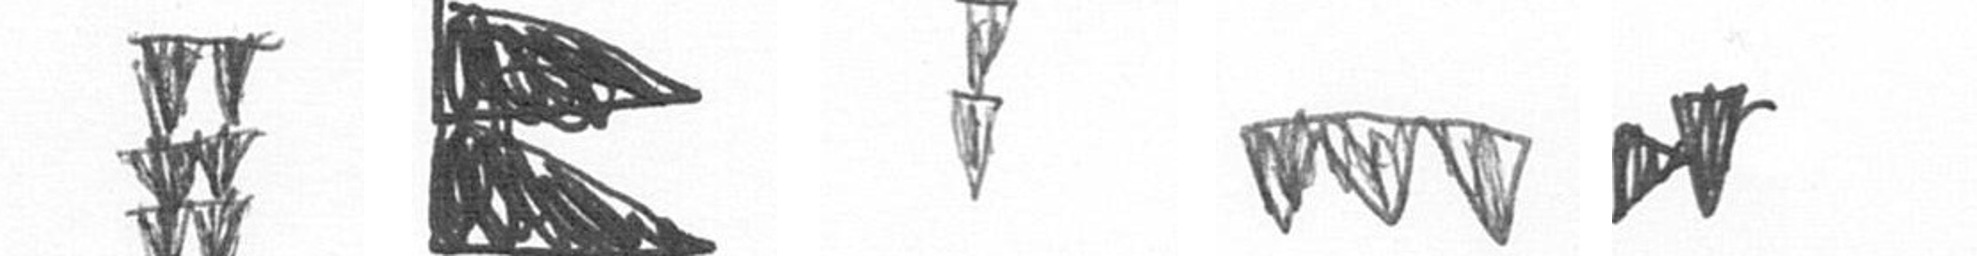
Y P Z L M